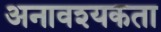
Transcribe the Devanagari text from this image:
अनावश्यकता